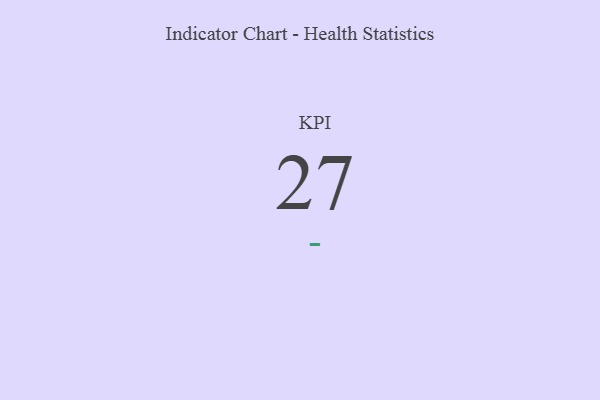
{"axis": {"x": "KPI", "y": "Value"}, "legend": [""], "data": [{"x": "KPI", "y": 27, "type": ""}]}